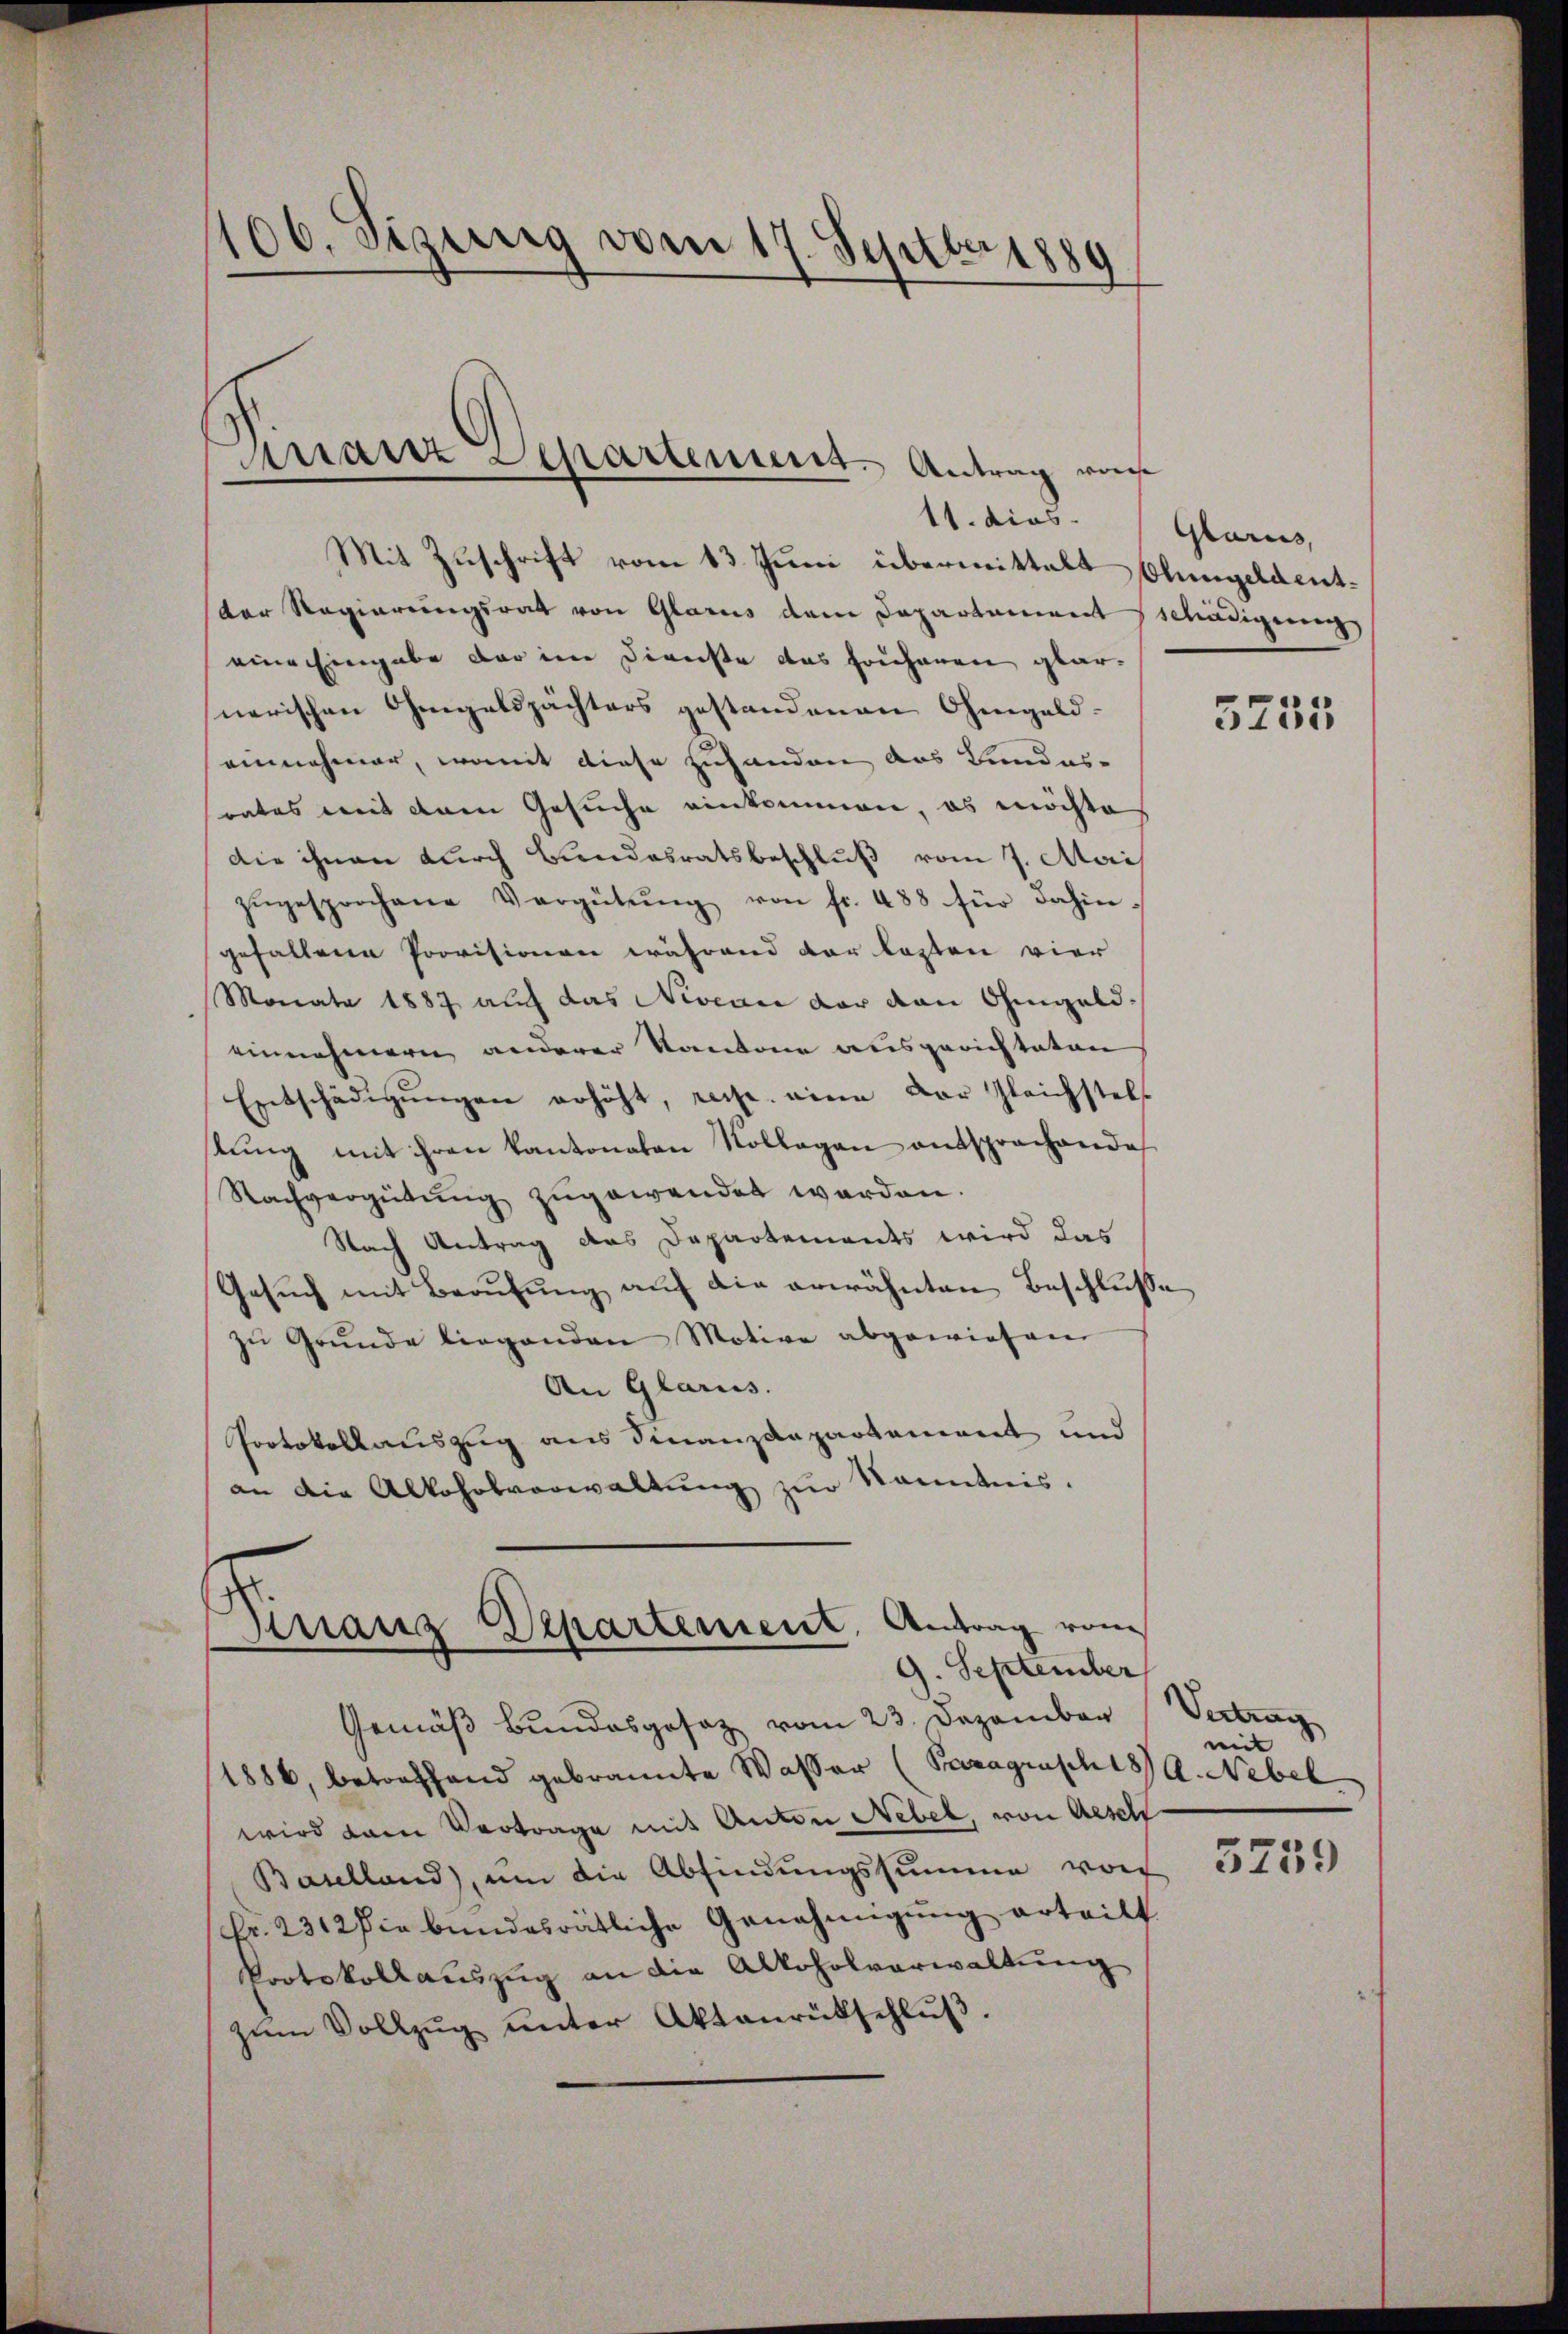
106. Sizung vom 17. Septber 1889

Mairz Departement. Antrag vers

11. dies
Mit Zuschrift vom 13. Juni übermittalt Olungeldentder Regierungsrat von Glarus dem Departamentschädigung
eine Eingabe der im Dienste das Frühanen glar-
nerischen Gengelspächters gestandenen Ohmgeld-
einnehmer, womit diese Zuhanden das Kundes-
rates mit dem Gesuche einkommen, es möchte
Die ihnen durch Bundesratsbeschluß vom 7. Mai
zŭgesprochene Vergütŭng von fr. 488 für dahin-
gefallene Provisionen während der lasten vier
Monate 1887 auf das Niveau der von Ohmgeldeinnehmern anderer Kantone ausgerichteten
Entschädigŭngen erhöht, reise eine der Gleichstell
tŭng mit ihren kantonaten Kollegen entsprochende
Nachvergütŭng zugewendet werden.
Nach Antrag das Departements wird das
Gesŭch mit Beaŭfŭng aŭf die erwähnten Beschlŭsse
zŭ Grŭnde liegenden Motive abgewiesen
An Glarus.
Protokollauszug aus Finanzdepartement und
an die Alkoholverwaltung zur Kenntnis

Finanz Departement. Antrag vom
9. September
Gemäß Bundesgesez vom 23. Dezember

Glarus,

1886, betreffend gebrannte Wasser (Paragrasch 1890. Nebel
wird dem Vertrage mit Anton Nebel, von Aesch
Baselland), um die Abfindungssumme vor
Fr. 2312 die bundesrätliche Genehmigung erteilt
Protokollauszug an die Alkoholverwaltŭng
zŭm Vollzŭg ŭnter Aktenrütschlŭβ.

3735

Vertrag
mit

3759